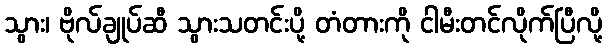
သွား၊ ဗိုလ်ချုပ်ဆီ သွားသတင်းပို့ တံတားကို ငါမီးတင်လိုက်ပြီလို့